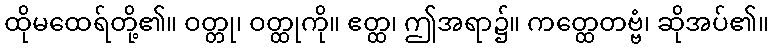
ထိုမထေရ်တို့၏။ ဝတ္တု၊ ဝတ္ထုကို။ ဧတ္ထ၊ ဤအရာ၌။ ကတ္ထေတဗ္ဗံ၊ ဆိုအပ်၏။